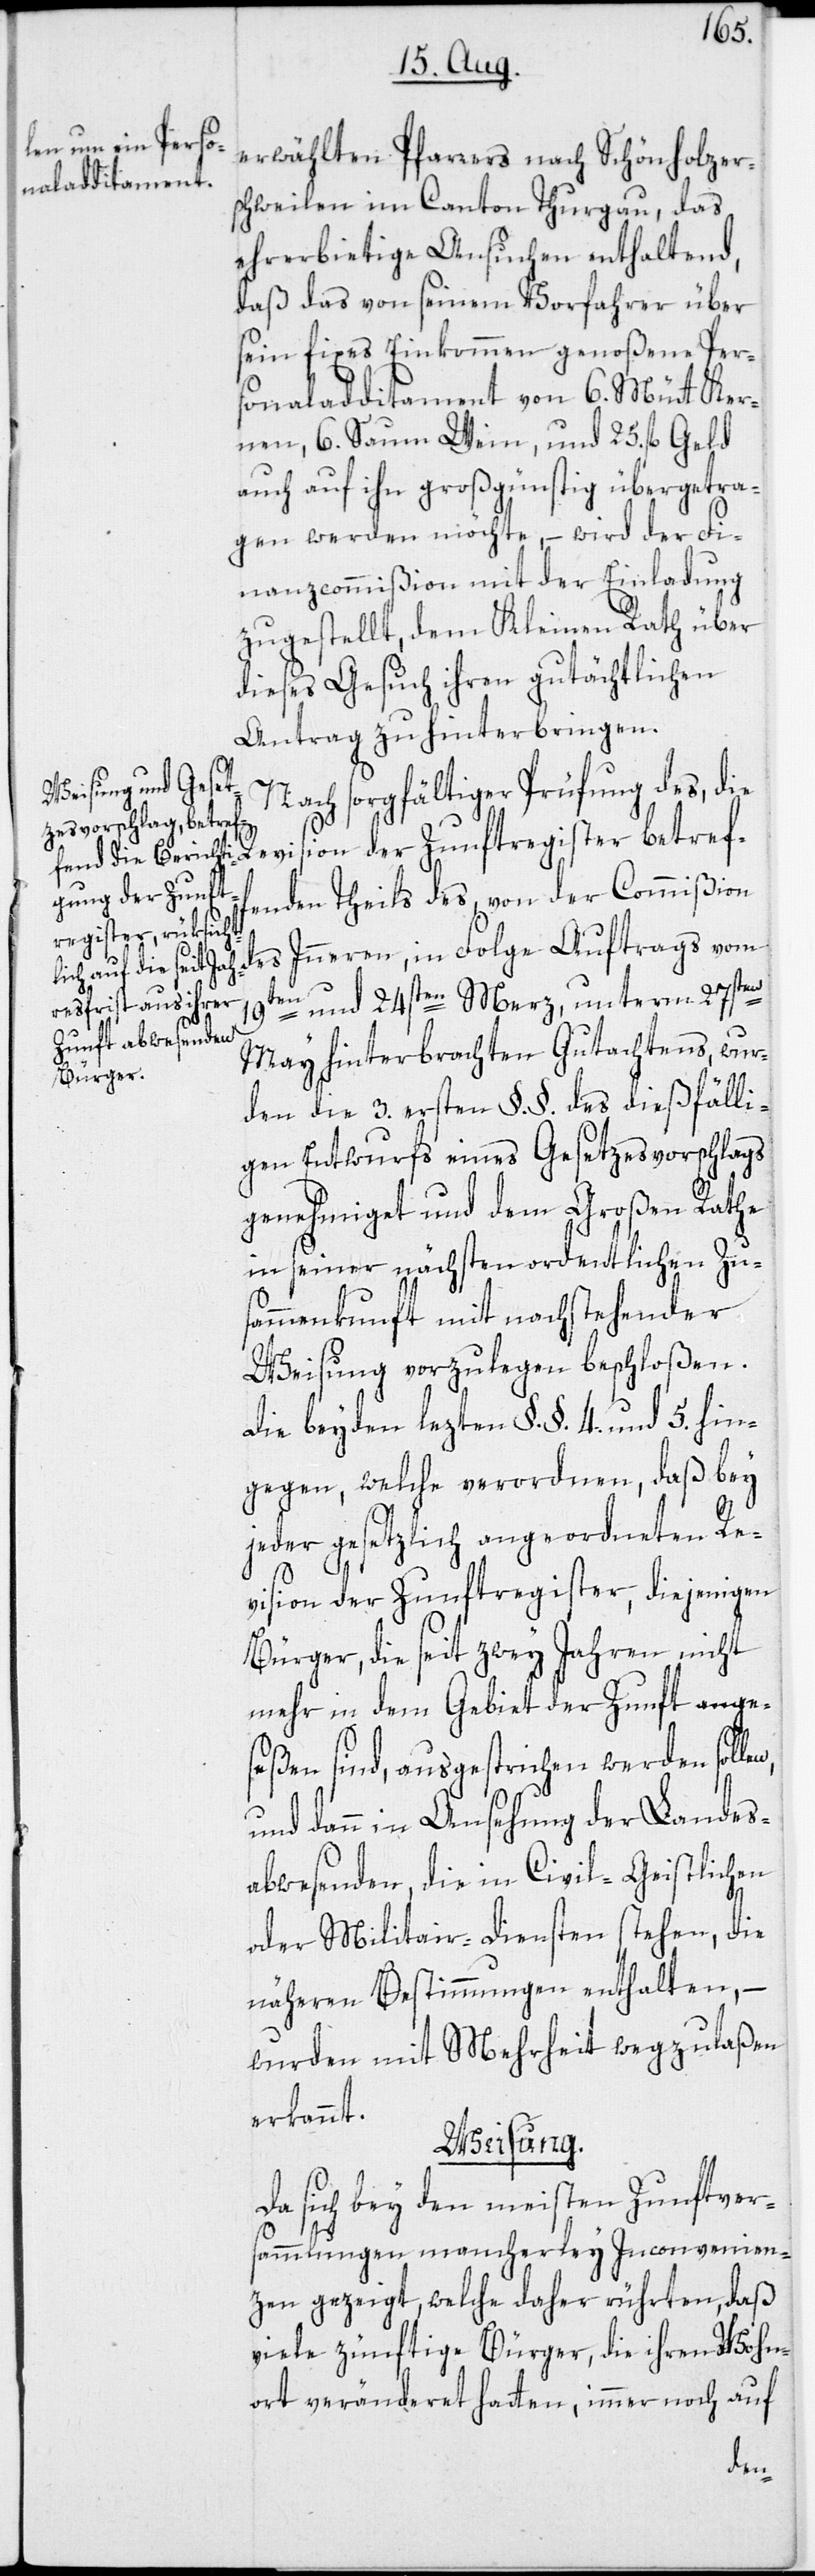
erwählten Pfarrers nach Schönholzer¬
schweilen im Canton Thurgau, das
ehrerbietige Ansuchen enthaltend,
daß das von seinem Vorfahrer über
sein fixes Einkommen genoßene Per¬
sonaladditament von 6. Mütt Ker¬
nen, 6. Saum Wein, und 25. fl. Geld
auch auf ihn großgünstig übergetra¬
gen werden möchte, – wird der Fi¬
nanzcommißion mit der Einladung
zugestellt, dem Kleinen Rath über
dieses Gesuch ihren gutächtlichen
Antrag zu hinterbringen.
Nach sorgfältiger Prüfung des, die
fenden Theils des, von der Commißion
des Inneren, in Folge Auftrags vom
19ten und 24sten Merz, unterm 27sten
May hinterbrachten Gutachtens, wur¬
den die 3. ersten §.§. des dießfälli¬
gen Entwurfs eines Gesetzesvorschlags
genehmiget und dem Großen Rathe
in seiner nächsten ordentlichen Zu¬
sammenkunft mit nachstehender
Weisung vorzulegen beschloßen.
Die beyden lezten §.§. 4. und 5. hin¬
gegen, welche verordnen, daß bey
jeder gesetzlich angeordneten Re¬
vision der Zunftregister, diejenigen
Bürger, die seit zwey Jahren nicht
mehr in dem Gebiet der Zunft ange¬
seßen sind, ausgestrichen werden sol¬
und dann in Ansehung der Landes¬
abwesenden, die in Civil-[,] Geistlichen
oder Militair-Diensten stehen, die
näheren Bestimmungen enthalten, –
wurden mit Mehrheit wegzulaßen
erkannt.
Weisung.
Da sich bey den meisten Zunftver¬
sammlungen mancherley Inconvenien¬
zen gezeigt, welche daher rührten, daß
viele zünftige Bürger, die ihren Wohn¬
ort veränderet hatten, immer noch auf
len,